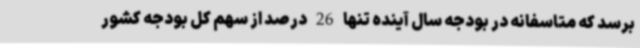
برسد که متاسفانه در بودجه سال آینده تنها 26 درصد از سهم کل بودجه کشور